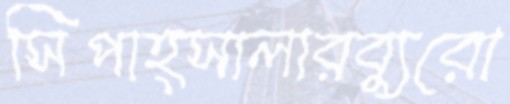
সিপাহ্সালারব্যুরো